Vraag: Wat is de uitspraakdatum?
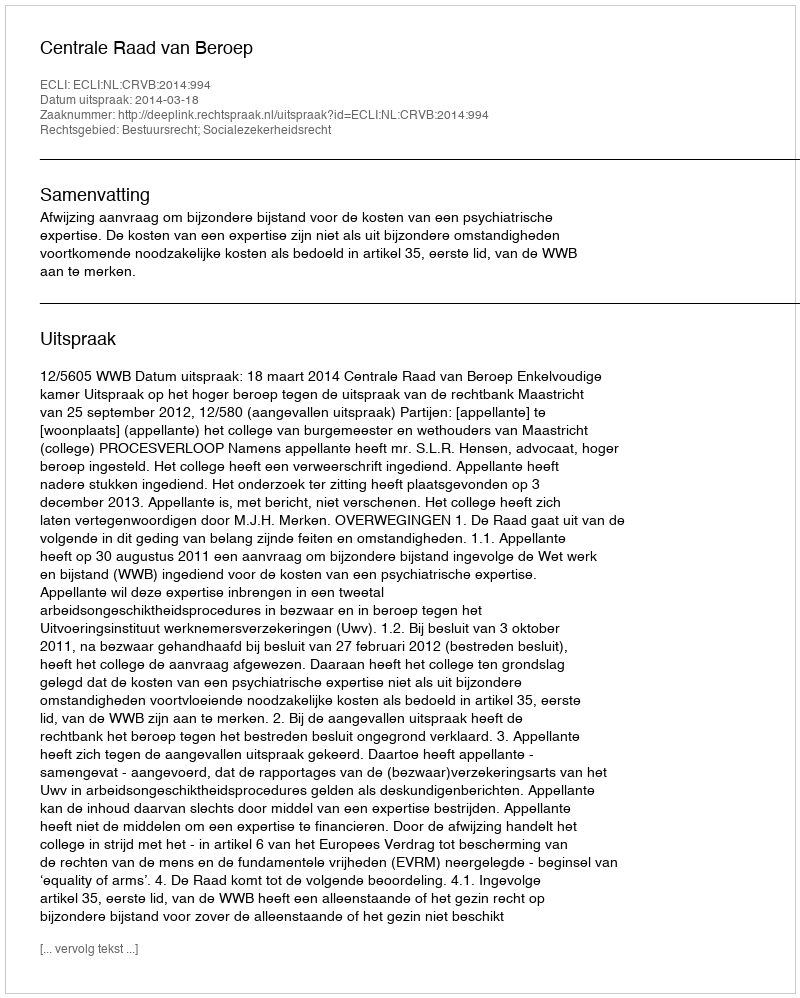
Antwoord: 2014-03-18